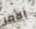
الأمر